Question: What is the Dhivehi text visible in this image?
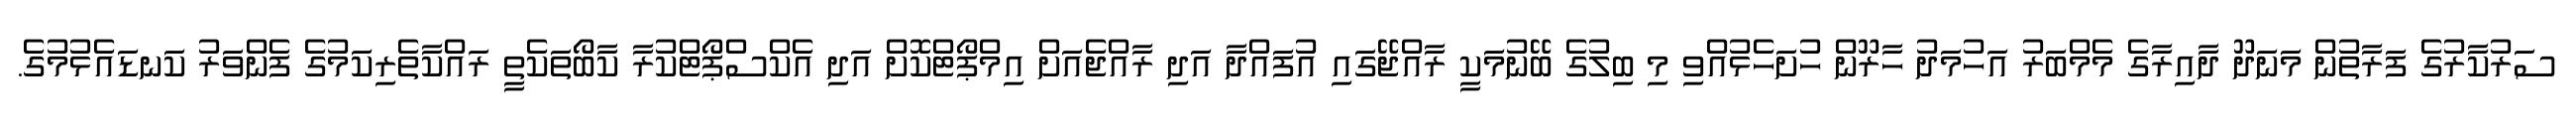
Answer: ސަރުކާރުގެ ފަރާތުން މަނަދޫ ދާއިރާގެ މެމްބަރު އަހުމަދު ހާރޫން ހުށަހެޅުއްވި މި ބިލުގެ ބޭނުމަކީ ރާއްޖޭގައި އުފައްދާ އަދި ރާއްޖެއަށް އިމްޕޯޓްކޮށް އަދި އެކްސްޕޯޓްކުރާ ކާބޯތަކެތީ ރައްކާތެރިކަމުގެ ފެންވަރު ކަނޑައެޅުމުގެ.